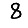
Digit: 8